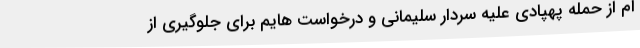
ام از حمله پهپادی علیه سردار سلیمانی و درخواست هایم برای جلوگیری از